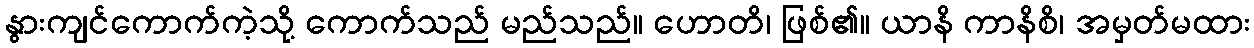
နွားကျင်ကောက်ကဲ့သို့ ကောက်သည် မည်သည်။ ဟောတိ၊ ဖြစ်၏။ ယာနိ ကာနိစိ၊ အမှတ်မထား